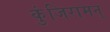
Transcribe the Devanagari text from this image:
कुंजिरामन्